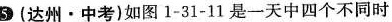
5(达州·中考)如图1-31-11是一天中四个不同时